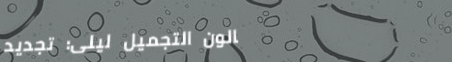
صالون التجميل ليلى: تجديد